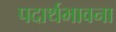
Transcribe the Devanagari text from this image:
पदार्थभावना